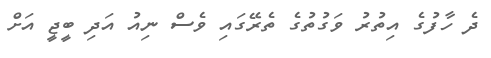
ދެ ހާފުގެ އިތުރު ވަގުތުގެ ތެރޭގައި ވެސް ނިއު އަދި ބީޖީ އަށް